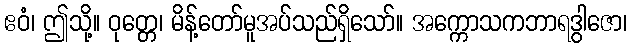
ဧဝံ၊ ဤသို့။ ဝုတ္တေ၊ မိန့်တော်မူအပ်သည်ရှိသော်။ အက္ကောသကဘာရဒွါဇော၊